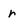
Character: r